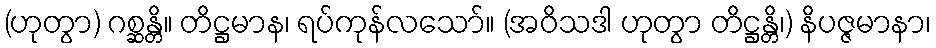
(ဟုတွာ) ဂစ္ဆန္တိ။ တိဋ္ဌမာန၊ ရပ်ကုန်လသော်။ (အဝိသဒါ ဟုတွာ တိဋ္ဌန္တိ၊) နိပဇ္ဇမာနာ၊